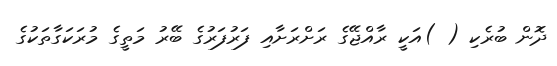
ދޮން ބުރެކި ( )އަކީ ރާއްޖޭގެ ރަށްރަށާއި ފަރުފަރުގެ ބޭރު މަތީގެ މުރަކަގާތަކުގެ